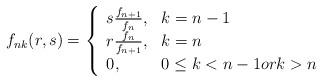
LaTeX: \begin{align*}f_{nk}(r,s)= \left\{ \begin{array}{ll} s\frac{f_{n+1}}{f_{n}} , & k=n-1 \\ r\frac{f_{n}}{f_{n+1}} , & k=n \\ 0, & 0\leq k < n-1ork>n \end{array} \right.\end{align*}